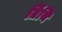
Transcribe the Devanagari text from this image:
तिंथि